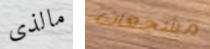
مالذى مشجعات